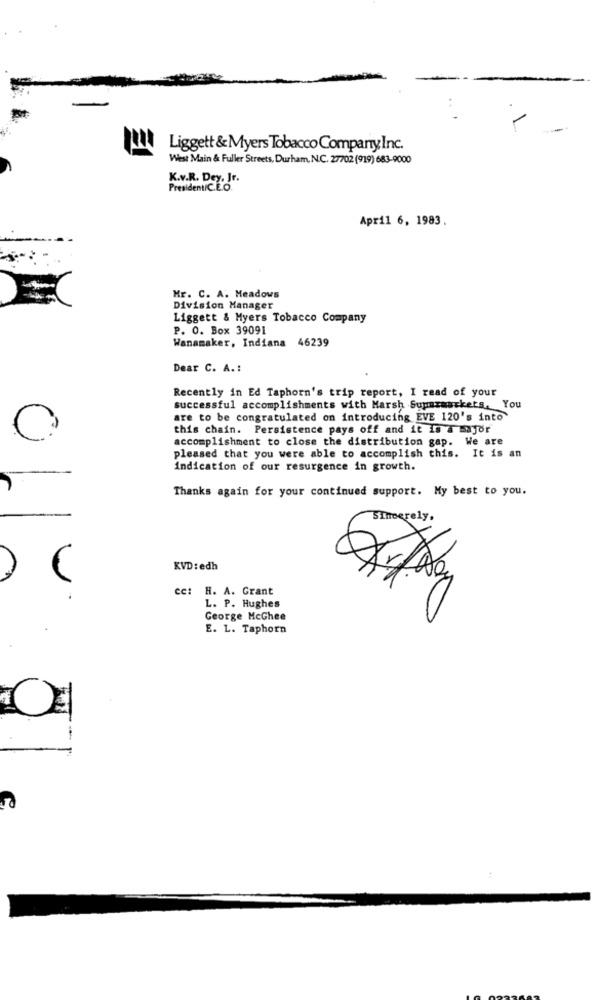
Liggett & Myers Tobacco Company Inc.
West Main & Fuller Streets, Durham, N.C. 27702 (919) 683-9000
K.v.R. Dey, Jr.
President/C.E.O.
April 6, 1983.
Mr. C. A. Meadows
Division Manager
Liggett & Myers Tobacco Company
P. O. Box 39091
Wanamaker, Indiana 46239
Dear C. A .:
Recently in Ed Taphorn's trip report, I read of your
successful accomplishments with Marsh Supermarkets, You
are to be congratulated on introducing EVE 120's into
this chain. Persistence pays off and it is a major
accomplishment to close the distribution gap. We are
pleased that you were able to accomplish this. It is an
Indication of our resurgence in growth.
Thanks again for your continued support. My best to you.
Sincerely.
KVD: edh
cc: H. A. Grant
L. P. Hughes
George McGhee
E. L. Taphorn